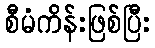
စီမံကိန်းဖြစ်ပြီး